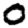
Digit: 0